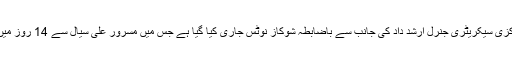
اعلامیے کے مطابق مرکزی سیکریٹری جنرل ارشد داد کی جانب سے باضابطہ شوکاز نوٹس جاری کیا گیا ہے جس میں مسرور علی سیال سے 14 روز میں جواب طلب کیا گیا ہے۔